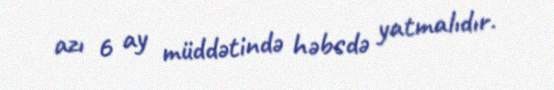
azı 6 ay müddətində həbsdə yatmalıdır.